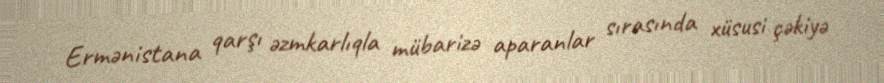
Ermənistana qarşı əzmkarlıqla mübarizə aparanlar sırasında xüsusi çəkiyə